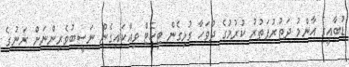
ޑުބާއީގެ އާންމު ދަތުރުފަތުރު ކުރުމުގެ ދުވަހާ ގުޅިގެން ޓިކެޓް ވިއްކައިގެން ނަސީބުވެރިންނަށް ރަނުގެ